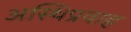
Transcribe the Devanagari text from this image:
अस्थिप्रवाह